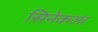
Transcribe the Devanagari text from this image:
सिनेकला